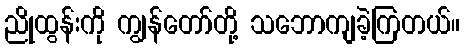
ညိုထွန်းကို ကျွန်တော်တို့ သဘောကျခဲ့ကြတယ်။